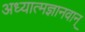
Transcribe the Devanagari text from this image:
अध्यात्मज्ञानवान्